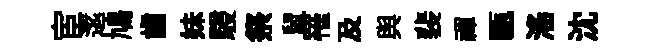
宦逺鳩齒妹駸祭鼠罹及舆裴禈甌滛沈